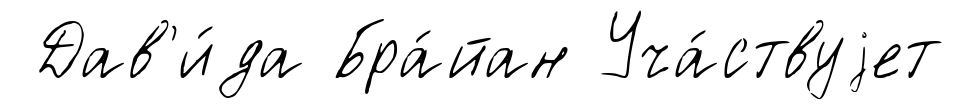
Дав'и́да Бра́йан Уча́ствуjет